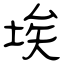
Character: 埃